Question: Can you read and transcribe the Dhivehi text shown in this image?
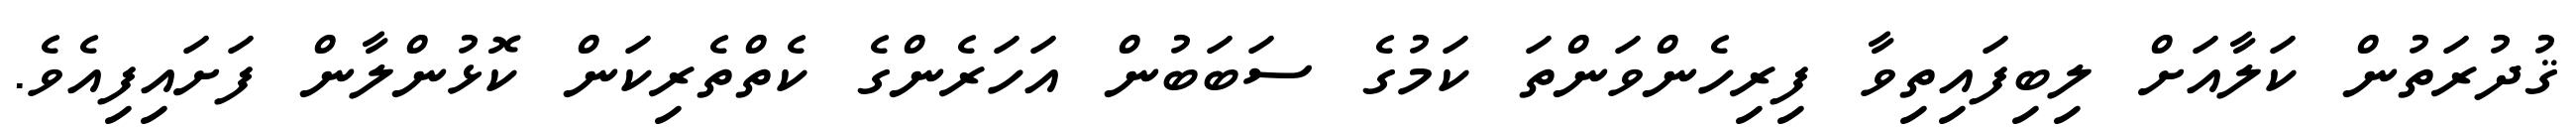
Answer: ޤުދުރަތުން ކަލާއަށް ލިބިފައިތިވާ ފިރިހެންވަންތަ ކަމުގެ ސަބަބުން އަހަރެންގެ ކެތްތެރިކަން ކޮޅުންލާން ފަށައިފިއެވެ.